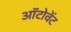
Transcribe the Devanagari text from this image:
ऑटोवेंट